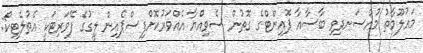
މައުލޫމާތު މުއްސަނދިވި ބާސާއާ ޕޮއިންޓްގެ ގޮތުން ސެވިއްޔާ އެއްވަރުކޮށްފިސްޕެއިން ލީގުގެ ފޭވަރިޓަކީ އެތުލެޓިކޯ: